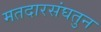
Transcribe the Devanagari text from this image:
मतदारसंघतुन